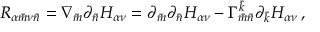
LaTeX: R _ { \alpha { \bar { m } } \nu { \bar { n } } } = \nabla _ { \bar { m } } \partial _ { \bar { n } } H _ { \alpha \nu } = \partial _ { \bar { m } } \partial _ { \bar { n } } H _ { \alpha \nu } - \Gamma _ { \bar { m } \bar { n } } ^ { \bar { k } } \partial _ { \bar { k } } H _ { \alpha \nu } \, ,